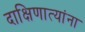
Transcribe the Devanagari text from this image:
दाक्षिणात्यांना